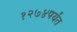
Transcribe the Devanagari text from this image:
१२७४पर्यंत